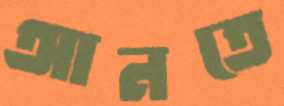
আনতে